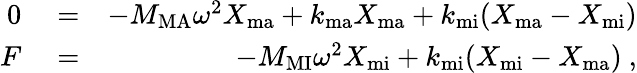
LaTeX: \begin{array}{rlr}{0}&{{}=}&{-M_{\mathrm{MA}}\omega^{2}X_{\mathrm{ma}}+k_{\mathrm{ma}}X_{\mathrm{ma}}+k_{\mathrm{mi}}(X_{\mathrm{ma}}-X_{\mathrm{mi}})}\\ {F}&{{}=}&{-M_{\mathrm{MI}}\omega^{2}X_{\mathrm{mi}}+k_{\mathrm{mi}}(X_{\mathrm{mi}}-X_{\mathrm{ma}})~,}\end{array}